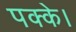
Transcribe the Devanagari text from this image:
पक्के।